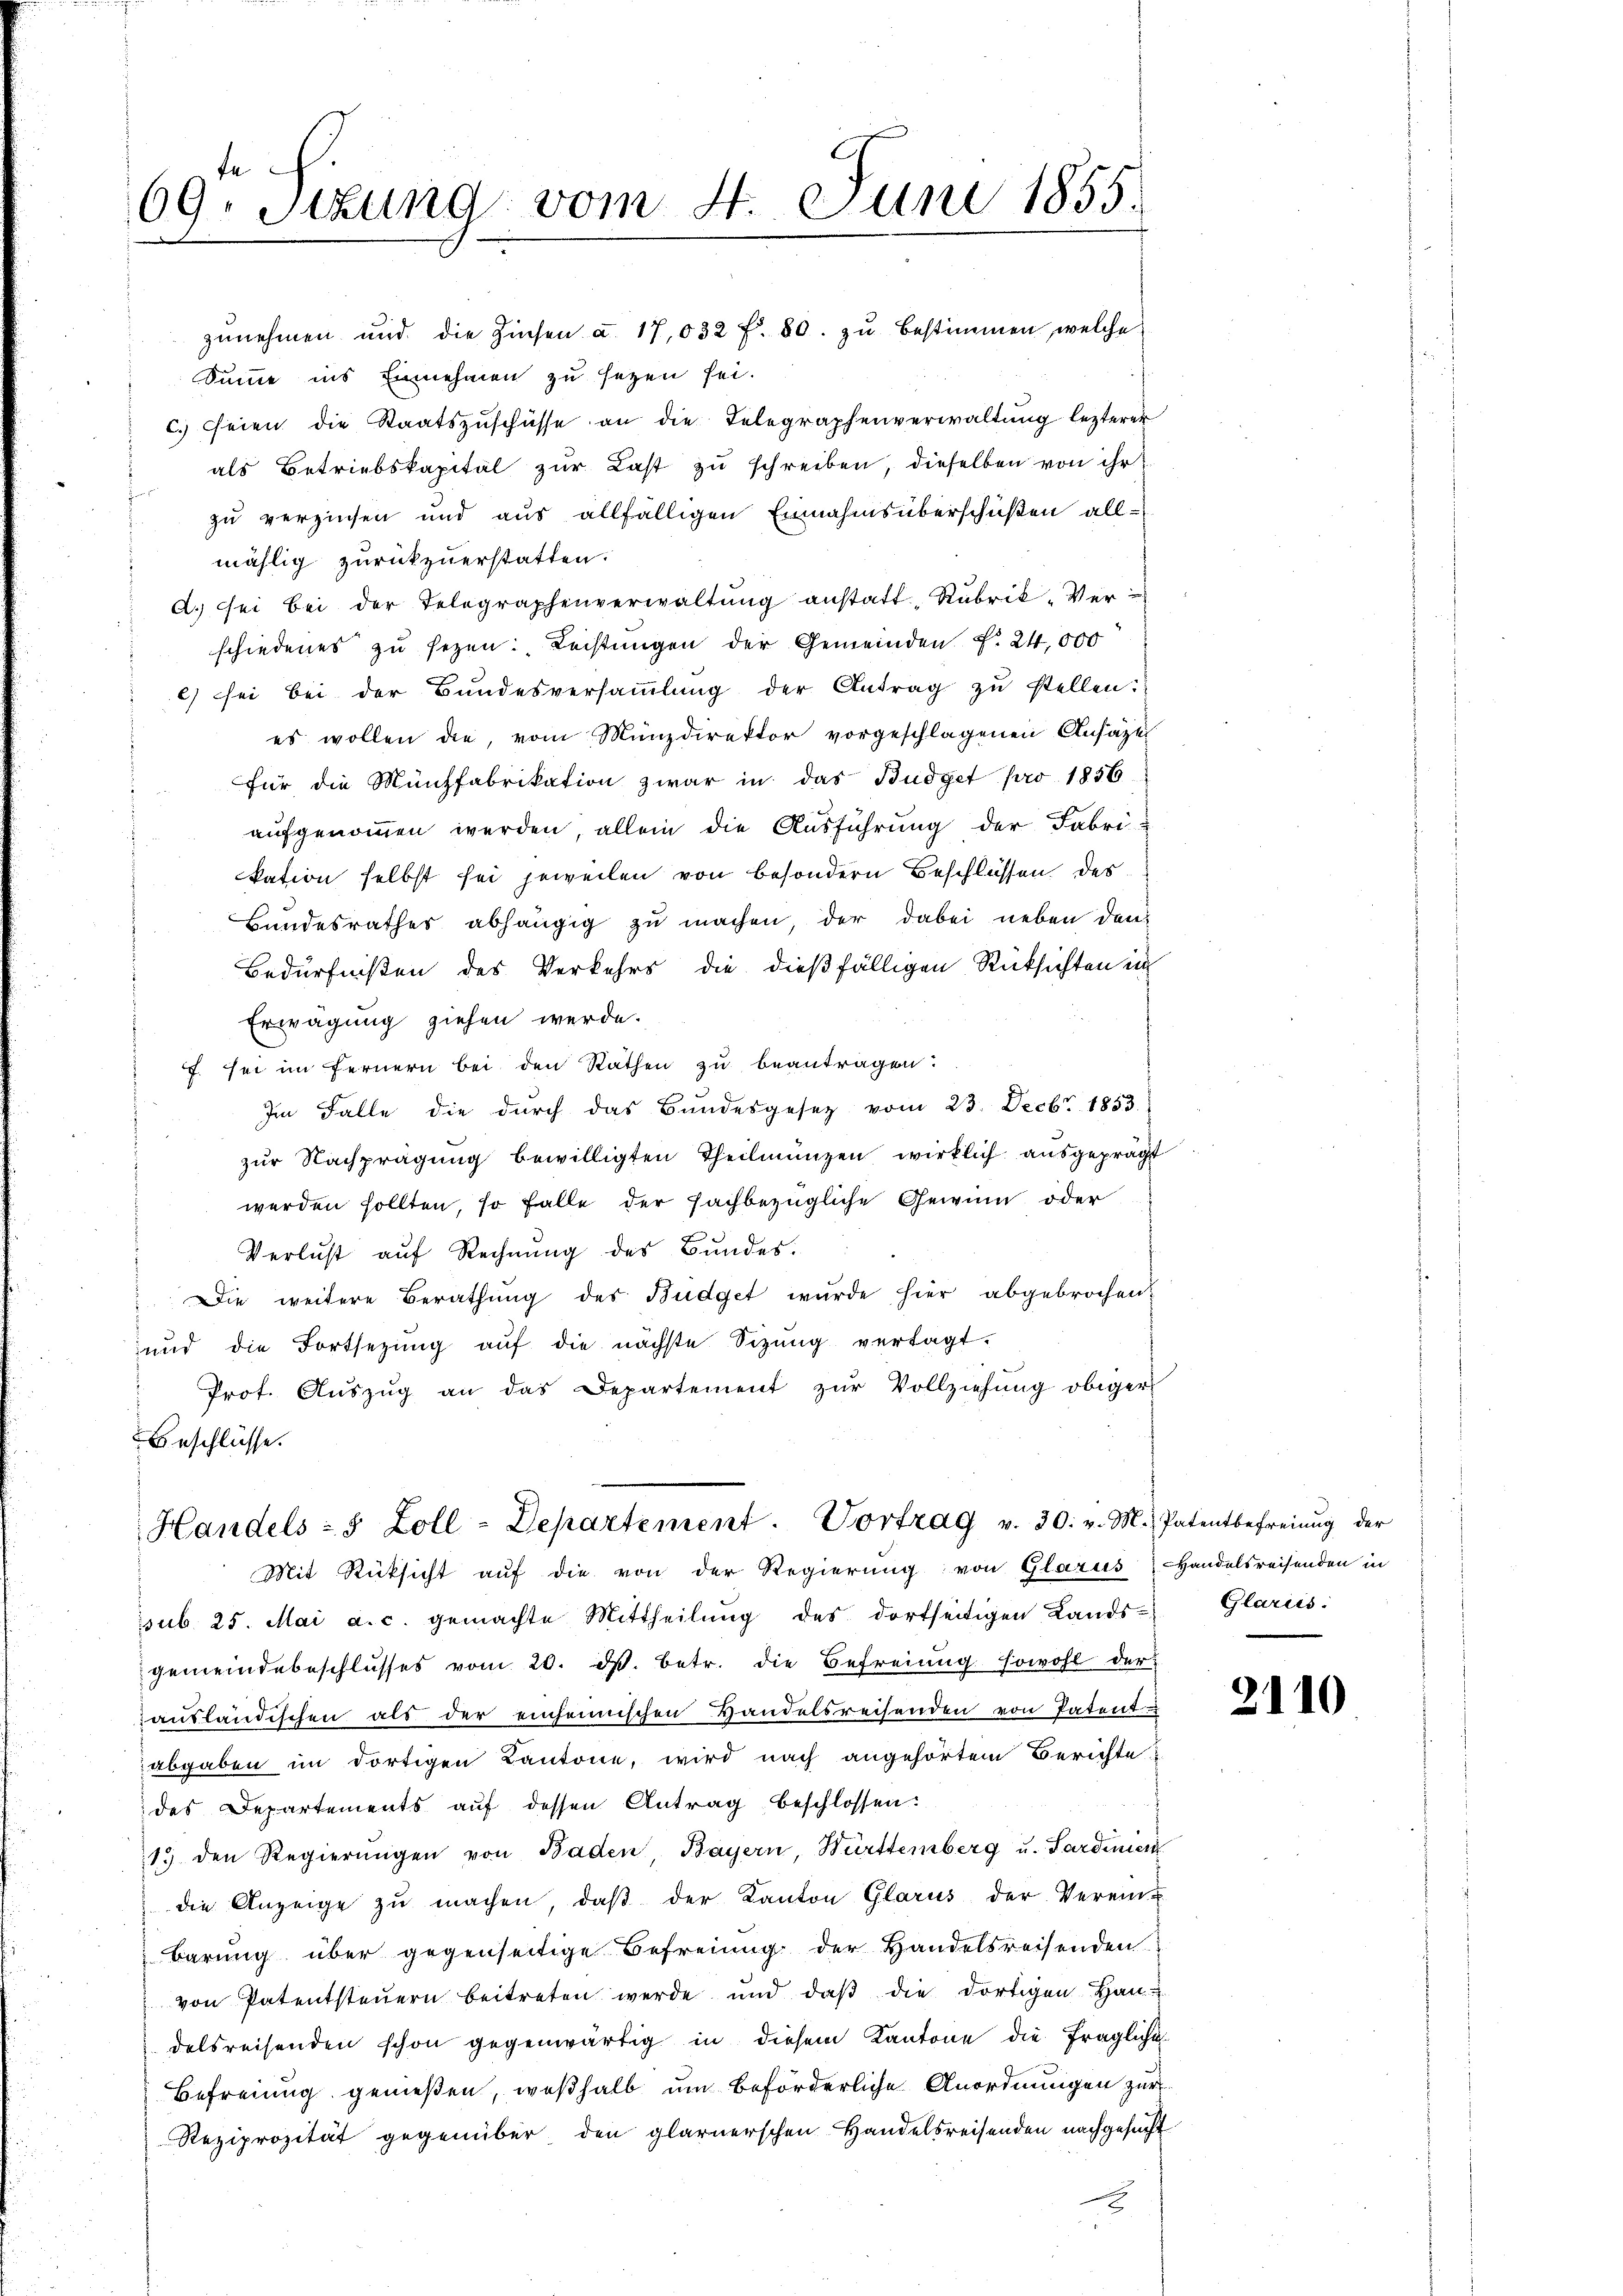
69. Sizung vom 4. Juni 1855.

zunehmen und die Zinsen a. 17,032 f. 80. zu bestimmen, welche
Summe ins Einnehmen zu sezen sei.
c. seien die Staatszuschüsse an die Telegraphenverwaltung lezterer
als Betriebskapital zŭr Last zu schreiben, dieselben von ihr
zu verzinsen und aus allfälligen Einnahmsüberschüßen allmählig zurückzuerstatten.
A. sei bei der Telegraphenverwaltŭng anstatt, Rubrik „Verschiedenes zu sezen. Leistungen der Gemeinden. F. 24,000
e) sei bei der Bŭndesversaṁlŭng der Antrag zŭ stellen:
es wollen die, vom Münzdirektor vorgeschlagenen Ansäze
für die Münzfabrikation zwar in das Büdget pro 1856
aufgenommen werden, allein die Ausführung der Fabri-
kation selbst sei jeweilen von besondern Beschlüssen des
Bundesrathes abhängig zu machen, der dabei neben den
Bedürfnißen des Verkehrs die dießfälligen Rücksichten ein
Erwägung ziehen werde.
f. sei im Fernern bei den Räthen zu beantragen:
Im Falle die dŭrch das Bundesgesetz vom 23. Decbr. 1853
zur Nachprägung bewilligten Theilmünzen wirklich ausgeprägt
werden sollten, so falle der Fachbezügliche Gewinn oder
Verlust auf Rechnung des Bundes.
Die weitere Berathung des Budget wurde hier abgebrochen,
und die Fortsetzŭng aŭf die nächste Sitzŭng vertagt.
Prot. Aŭszŭg an das Departement zŭr Vollziehung obiger
Beschlüsse.

Handels- & Zoll-Departement. Vortrag v. 30. v. M. Patentbefreiung der
Mit Rücksicht auf die von der Regierung von Glarus Handelsreisenden in

sub. 25. Mai a. c. gemachte Mittheilŭng des dortseitigen Lands-Glarus:
gemeindebeschlŭsses vom 20. ds. betr. die Befreiung sowohl der
ansländischen als der einheinischen Handelsreisenden von Patent
abgaben im dortigen Kantone, wird nach angehörtem Berichte
des Departements auf dessen Antrag beschlossen:
13 den Regierŭngen von Baden, Bayern, Württemberg u. Sardinien
die Anzeige zŭ machen, daβ der Kanton Glarus der Verein u
Barŭng über gegenseitige Befreiung der Handelsreisenden
von Patentsteŭern beitreten werde und daβ die dortigen Han-
delsreisenden schon gegenwärtig in diesem Kantone die fragliche
Befreiung genießen, weßhalb um beförderliche Anordnungen zur
Reziprozität gegenüber den glarnerschen Handelsreisenden nachgesucht

2110